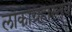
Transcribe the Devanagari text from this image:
लोकाग्रहास्तव